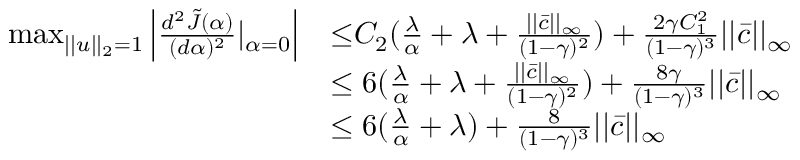
\begin{array} { r l } { \operatorname* { m a x } _ { | | u | | _ { 2 } = 1 } \left| \frac { d ^ { 2 } \tilde { J } ( \alpha ) } { ( d \alpha ) ^ { 2 } } | _ { \alpha = 0 } \right| } & { { \le } C _ { 2 } ( \frac { \lambda } { \alpha } + \lambda + \frac { | | \bar { c } | | _ { \infty } } { ( 1 - \gamma ) ^ { 2 } } ) + \frac { 2 \gamma C _ { 1 } ^ { 2 } } { ( 1 - \gamma ) ^ { 3 } } | | \bar { c } | | _ { \infty } } \\ & { \le 6 ( \frac { \lambda } { \alpha } + \lambda + \frac { | | \bar { c } | | _ { \infty } } { ( 1 - \gamma ) ^ { 2 } } ) + \frac { 8 \gamma } { ( 1 - \gamma ) ^ { 3 } } | | \bar { c } | | _ { \infty } } \\ & { \le 6 ( \frac { \lambda } { \alpha } + \lambda ) + \frac { 8 } { ( 1 - \gamma ) ^ { 3 } } | | \bar { c } | | _ { \infty } } \end{array}